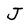
Character: J